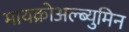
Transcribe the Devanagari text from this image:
मायक्रोअल्ब्युमिन